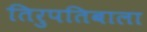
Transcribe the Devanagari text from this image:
तिरुपतिबाला